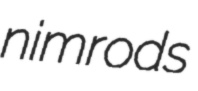
nimrods